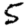
Digit: 5